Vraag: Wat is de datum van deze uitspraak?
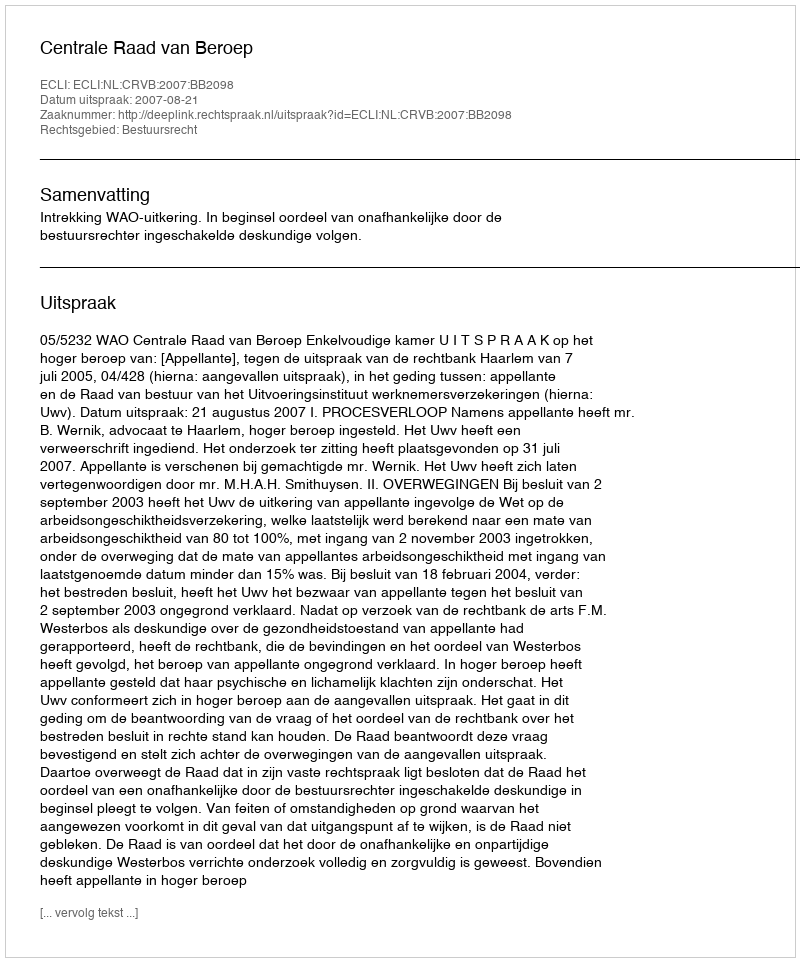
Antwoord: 2007-08-21